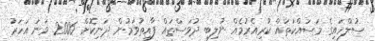
ސުލްހައިގެ މަސައްކަތައް ކުރިއެރުމެއް ނުލިބި ދުވަސްތައް ފާއިތުވަމުން ދަނިކޮށް 2006 ވަނަ އަހަރު